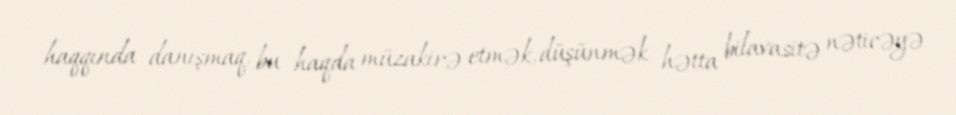
haqqında danışmaq, bu haqda müzakirə etmək, düşünmək hətta bilavasitə nəticəyə